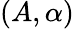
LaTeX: (A,\alpha)